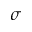
\sigma